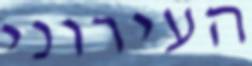
העירוני